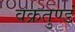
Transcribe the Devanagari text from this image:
वक्रतुण्डं